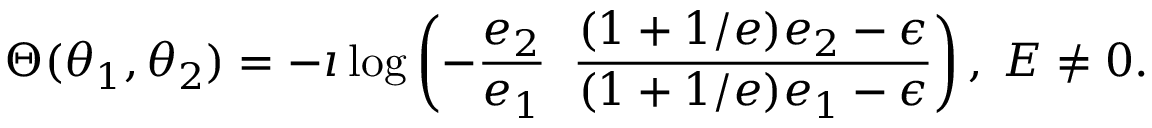
\Theta ( \theta _ { 1 } , \theta _ { 2 } ) = - \imath \log \left( - \frac { e _ { 2 } } { e _ { 1 } } \; \; \frac { ( 1 + 1 / e ) e _ { 2 } - \epsilon } { ( 1 + 1 / e ) e _ { 1 } - \epsilon } \right) , \; E \neq 0 .